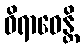
ဝိရာဓေန္တိ